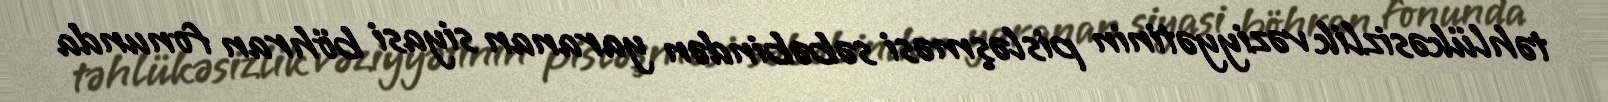
təhlükəsizlik vəziyyətinin pisləşməsi səbəbindən yaranan siyasi böhran fonunda